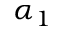
\alpha _ { 1 }